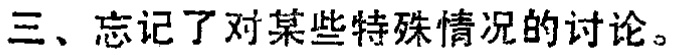
三、忘记了对某些特殊情况的讨论。